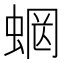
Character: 𧍑